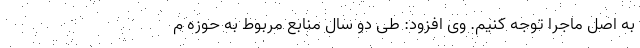
به اصل ماجرا توجه کنیم. وی افزود: طی دو سال منابع مربوط به حوزه م